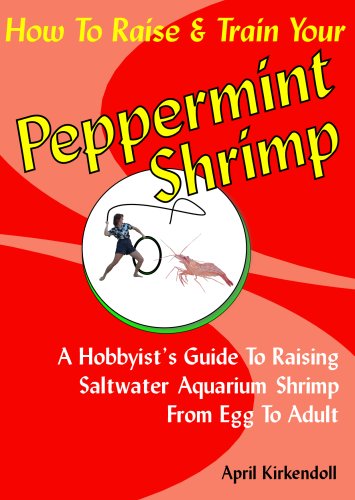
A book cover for How to Raise & Train Your Peppermint Shrimp, 2nd Edition; April Kirkendoll; Crafts, Hobbies & Home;